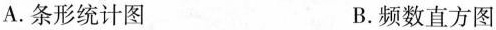
A.条形统计图 B.频数直方图